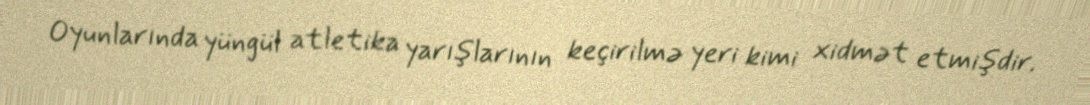
Oyunlarında yüngül atletika yarışlarının keçirilmə yeri kimi xidmət etmişdir.